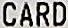
CARD